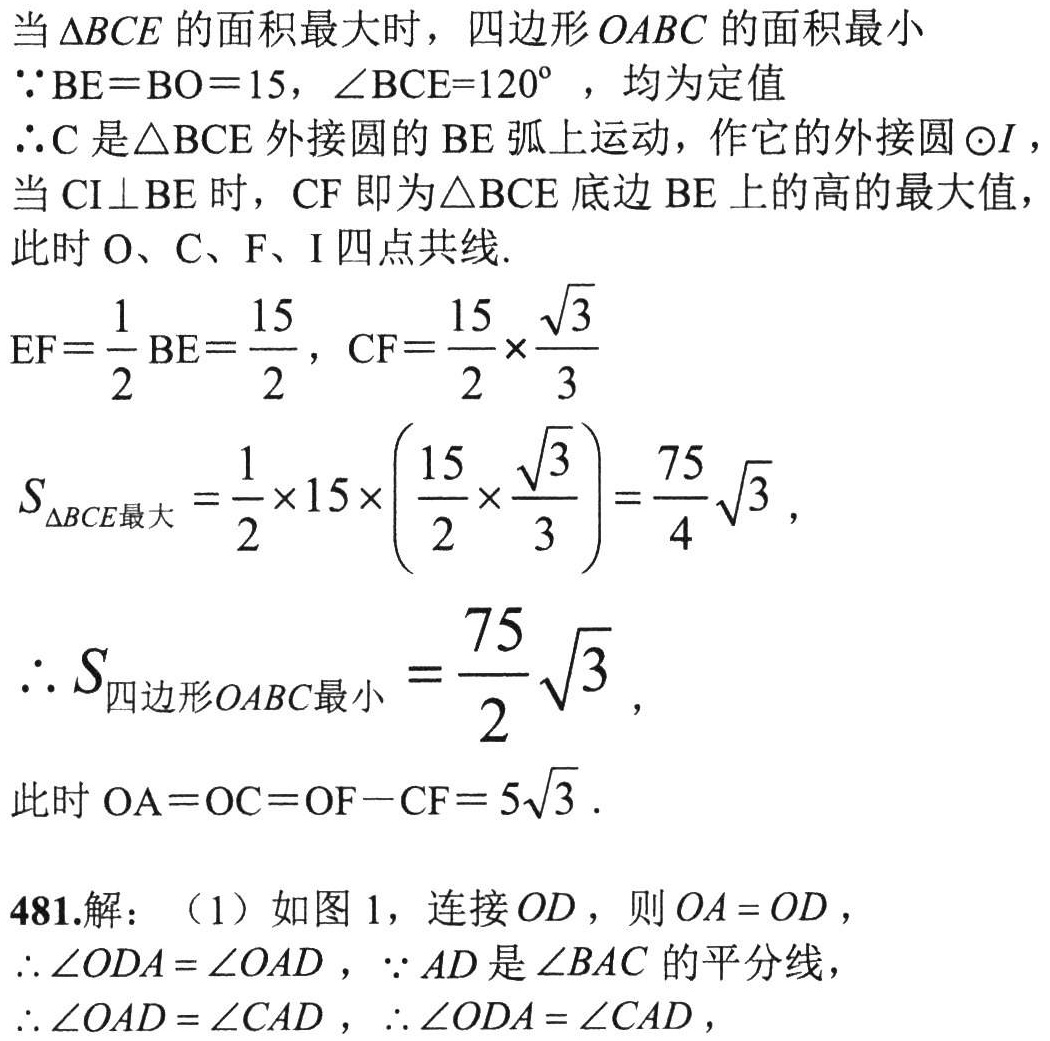
当$\triangle BCE$的面积最大时，四边形$OABC$的面积最小
$\because BE = BO = 15$，$\angle BCE = 120^{\circ}$，均为定值
$\therefore C$是$\triangle BCE$外接圆的$BE$弧上运动，作它的外接圆$\odot I$，
当$CI\perp BE$时，$CF$即为$\triangle BCE$底边$BE$上的高的最大值，
此时$O$、$C$、$F$、$I$四点共线.
$EF=\frac{1}{2}BE = \frac{15}{2}$，$CF=\frac{15}{2}\times\frac{\sqrt{3}}{3}$
$S_{\triangle BCE最大}=\frac{1}{2}\times15\times\left(\frac{15}{2}\times\frac{\sqrt{3}}{3}\right)=\frac{75}{4}\sqrt{3}$，
$\therefore S_{四边形OABC最小}=\frac{75}{2}\sqrt{3}$，
此时$OA = OC = OF - CF = 5\sqrt{3}$.
481.解：（1）如图1，连接$OD$，则$OA = OD$，
$\therefore\angle ODA=\angle OAD$，$\because AD$是$\angle BAC$的平分线，
$\therefore\angle OAD=\angle CAD$，$\therefore\angle ODA=\angle CAD$，